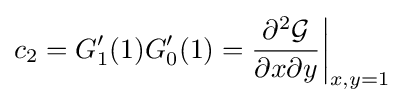
c_{2}=G_{1}'(1)G'_{0}(1)={\partial ^{2}{\mathcal {G}} \over \partial x\partial y}{\biggl \vert }_{x,y=1}